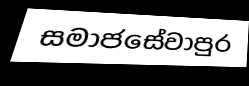
සමාජසේවාපුර